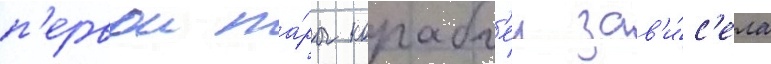
п'ервои па́ры корабл'еи зав'и́с'ела